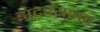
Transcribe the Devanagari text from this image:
झटक्यावर